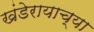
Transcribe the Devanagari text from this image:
खंडेरायाच्या